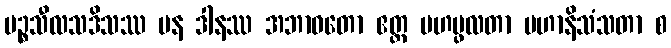
ပဉ္စသီလသဒိသဿ ပန ဒါနဿ အဘာဝတော ဧတ္ထ မဟပ္ဖလတာ မဟာနိသံသတာ စ